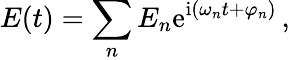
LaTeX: E(t)=\sum_{n}E_{n}\mathrm{e}^{\mathrm{i}(\omega_{n}t+\varphi_{n})}\, ,